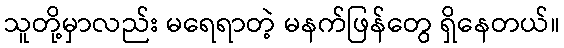
သူတို့မှာလည်း မရေရာတဲ့ မနက်ဖြန်တွေ ရှိနေတယ်။